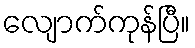
လျောက်ကုန်ပြီ။